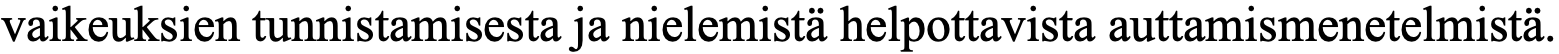
vaikeuksien tunnistamisesta ja nielemistä helpottavista auttamismenetelmistä.